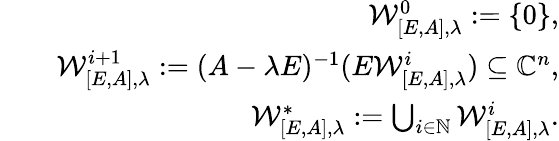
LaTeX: \begin{array}{rlr}&{}&{\mathcal{W}_{[E,A],\lambda}^{0}:=\{ 0\} ,}\\ &{}&{\mathcal{W}_{[E,A],\lambda}^{i+1}:=(A-\lambda E)^{-1}(E\mathcal{W}_{[E,A],\lambda}^{i})\subseteq\mathbb{C}^{n},}\\ &{}&{\mathcal{W}_{[E,A],\lambda}^{*}:=\bigcup_{i\in\mathbb{N}}\mathcal{W}_{[E,A],\lambda}^{i}.}\end{array}